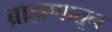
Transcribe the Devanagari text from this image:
ब्राह्मणातून